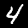
Digit: 4